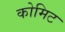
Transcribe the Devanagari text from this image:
कोमिट